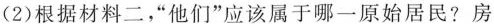
(2)根据材料二，”他们”应该属于哪一原始居民?房